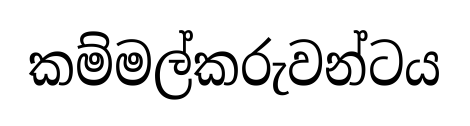
කම්මල්කරුවන්ටය